Note on the mental hospitals in Burma - 1925-1940
Year: 1925
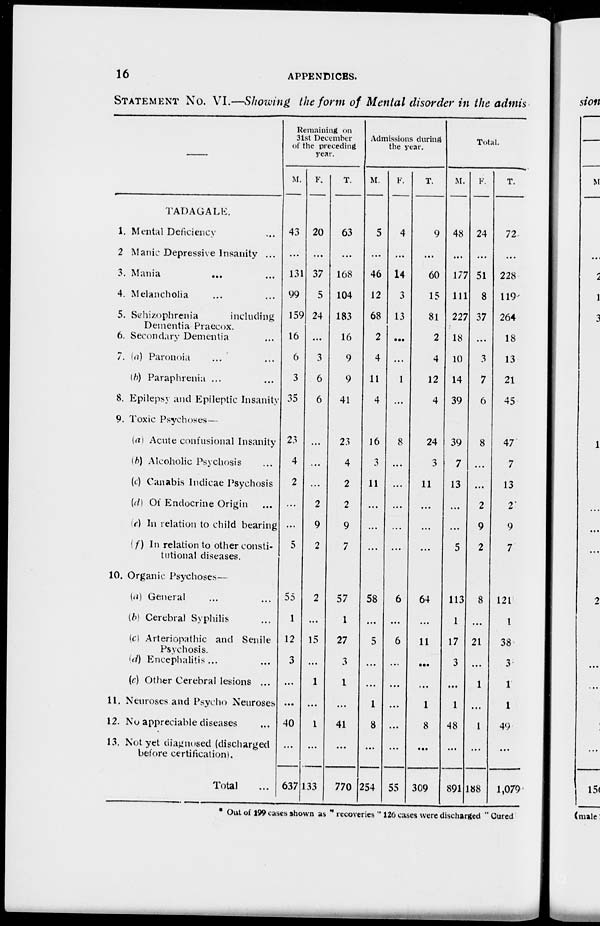
16
APPENDICES.
STATEMENT NO. VI.—Showing the form of Mental disorder in the admis
—
TADAGALE.
1. Mental Deficiency ...
2 Manic Depressive Insanity ...
3. Mania ... ...
4. Melancholia ... ...
5. Schizophrenia
including
Dementia Praecox.
6. Secondary Dementia ...
7. (a) Paronoia ... ...
(b) Paraphrenia ... ...
8. Epilepsy and Epileptic Insanity
9. Toxic Psychoses—
(a) Acute confusional Insanity
(b) Alcoholic Psychosis ...
(c) Canabis Indicae Psychosis
(d) Of Endocrine Origin ...
(e) In relation to child bearing
(f) In relation to other consti-
tutional diseases.
10. Organic Psychoses—
(a) General ... ...
(b) Cerebral Syphilis ...
(c) Arteriopathic and Senile
Psychosis.
(d) Encephalitis ... ...
(c) Other Cerebral lesions ...
11. Neuroses and Psycho Neuroses
12. No appreciable diseases ...
13. Not yet diagnosed (discharged
before certification).
Total ...
Remaining on
31st December
of the preceding
year.
M.
43
...
131
99
159
16
6
3
35
23
4
2
...
...
5
55
1
12
3
...
...
40
...
637
F.
20
...
37
5
24
...
3
6
6
...
...
...
2
9
2
2
...
15
...
1
...
1
...
133
T.
63
...
168
104
183
16
9
9
41
23
4
2
2
9
7
57
1
27
3
1
...
41
...
770
Admissions during
the year.
M.
5
...
46
12
68
2
4
11
4
16
3
11
...
...
...
58
...
5
...
...
1
8
...
254
F.
4
...
14
3
13
...
...
1
...
8
...
...
...
...
...
6
...
6
...
...
...
...
...
55
T.
9
...
60
15
81
2
4
12
4
24
3
11
...
...
...
64
...
11
...
...
1
8
...
309
Total.
M.
48
...
177
111
227
18
10
14
39
39
7
13
...
...
5
113
1
17
3
...
1
48
...
891
F.
24
...
51
8
37
...
3
7
6
8
...
...
2
9
2
8
...
21
...
1
...
1
...
188
T.
72
...
228
119
264
18
13
21
45
47
7
13
2
9
7
121
1
38
3
1
1
49
...
1,079
* Out of 199 cases shown as " recoveries " 126 cases were discharged " Cured